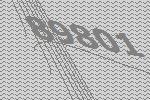
89801